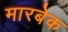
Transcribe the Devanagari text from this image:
मारबेक